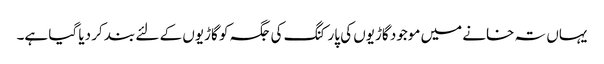
یہاں تہ خانے میں موجود گاڑیوں کی پارکنگ کی جگہ کو گاڑیوں کے لئے بند کر دیا گیا ہے۔